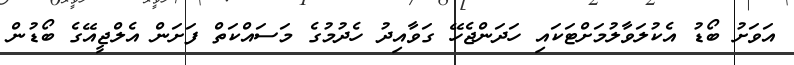
އަވަށު ބޯޑު އެކުލަވާލުމަށްޓަކައި ހަދަންޖެހޭ ގަވާއިދު ހެދުމުގެ މަސައްކަތް ފަށަން އެލްޖީއޭގެ ބޯޑުން